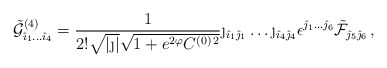
\begin{align*}{\tilde {\cal G}}^{(4)}_{{\hat \imath}_1 \dots {\hat \imath}_4}= {1 \over 2! \sqrt{|\j|} \sqrt{1 + e^{ 2 \varphi} C^{(0) \, 2}}}\j_{{\hat \imath}_1 {\hat \jmath}_1} \dots \j_{{\hat \imath}_4 {\hat \jmath}_4}\epsilon^{{\hat \jmath}_1 \dots {\hat \jmath}_6} {\tilde {\cal F}}_{{\hat \jmath}_5 {\hat \jmath}_6} \, ,\end{align*}